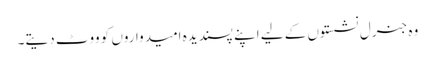
وہ جنرل نشستوں کے لیے اپنے پسندیدہ امیدواروں کو ووٹ دیتے۔